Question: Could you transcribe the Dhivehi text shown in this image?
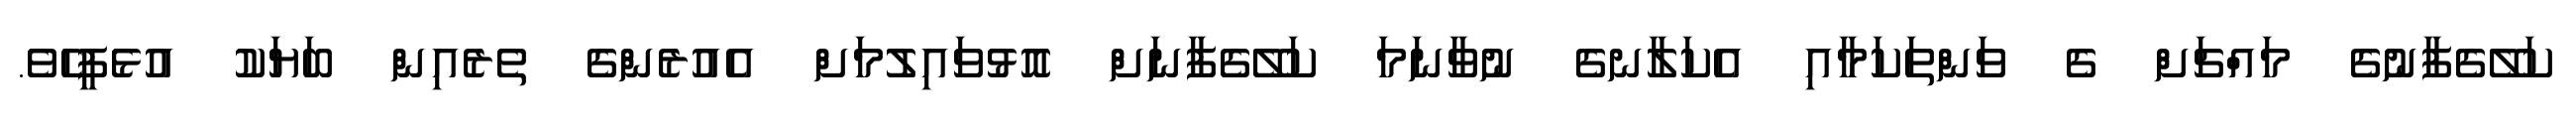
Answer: ކަލޭގެފާނުގެ މައްޗަށް ގެ ވަންތަކަމާއި އެކަލާނގެ ނުވާނަމަ ކަލޭގެފާނަށް އޮޅުވައިލުމަށް އެއުރެންގެ ތެރެއިން ބަޔަކު އުޅެފީހެވެ.